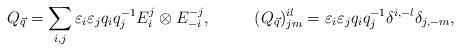
LaTeX: \begin{align*} &Q_{\vec q}=\sum_{i,j}\varepsilon_i\varepsilon_j q_iq_j^{-1} E_i^j\otimes E_{-i}^{-j}, &&(Q_{\vec q})^{il}_{jm}=\varepsilon_i\varepsilon_jq_iq_j^{-1}\delta^{i,-l}\delta_{j,-m},\end{align*}